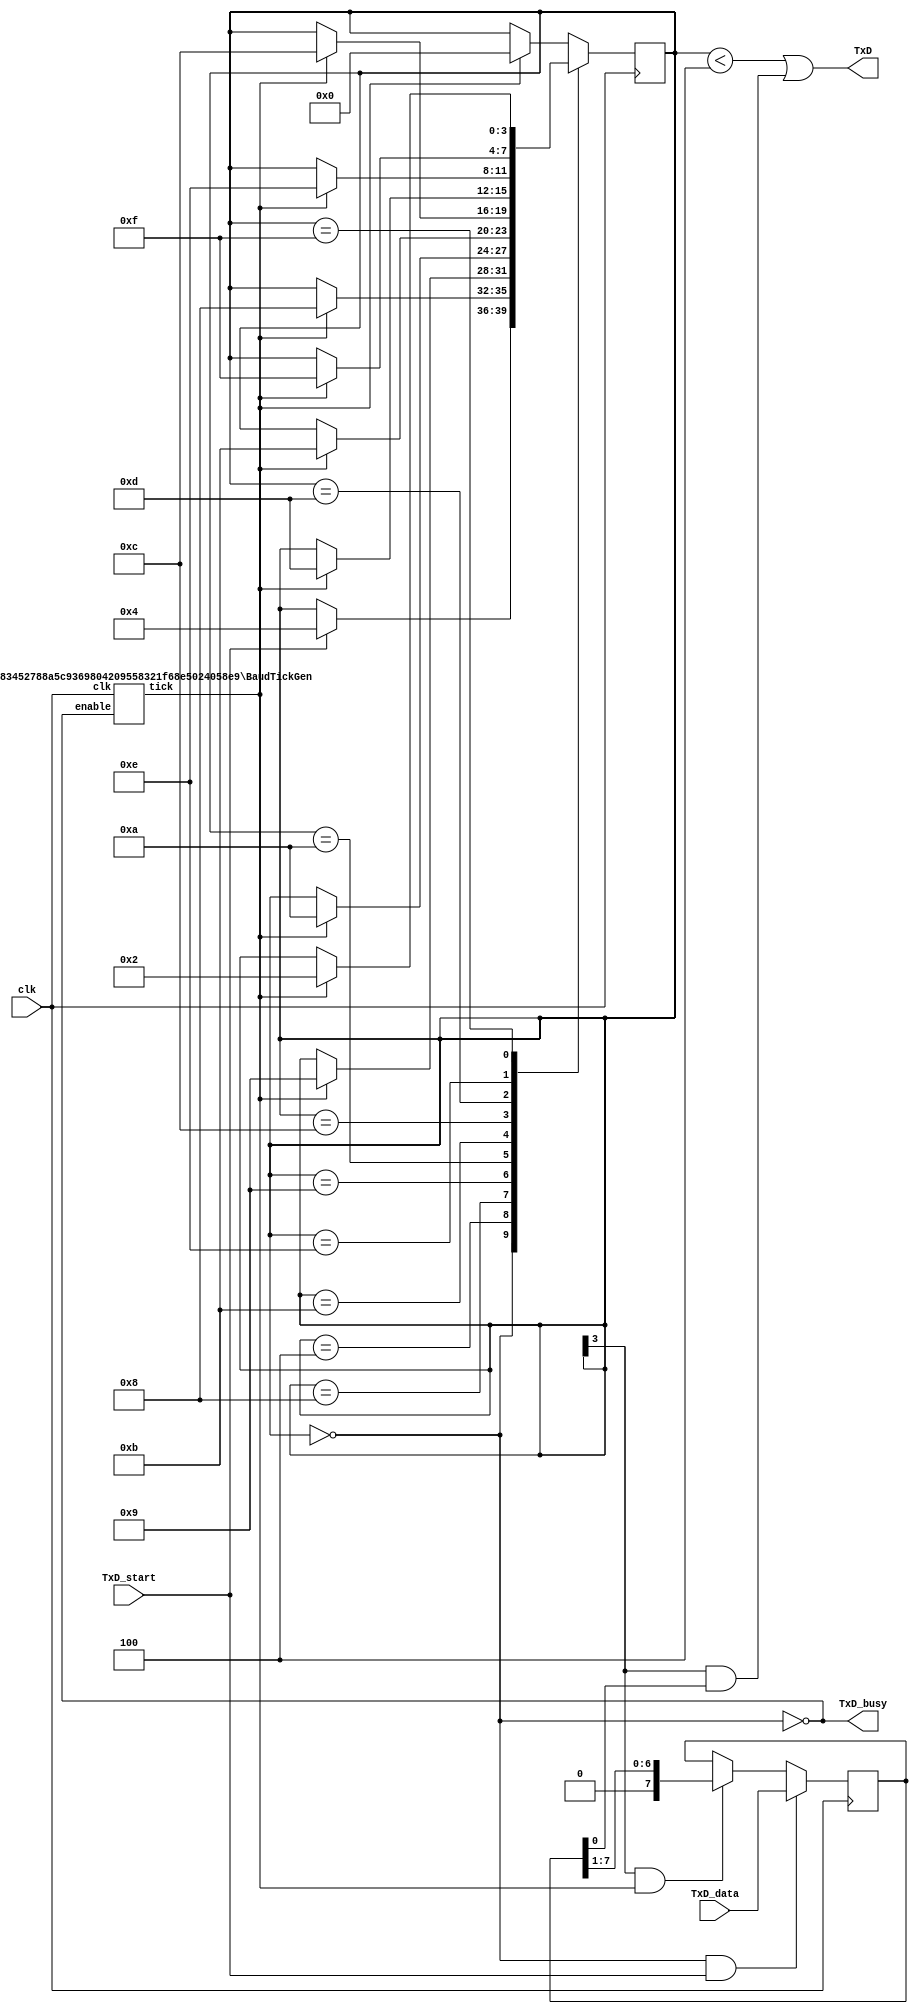
`timescale 1ns / 1ps
`default_nettype none

// ALWAYS MAKE SURE THIS MATCHES YOUR DAMN CLOCK FREQUENCY!
`define CLK_FREQ	300000000
`define BAUD_RATE	230400

////////////////////////////////////////////////////////
// RS-232 RX and TX module
// (c) fpga4fun.com & KNJN LLC - 2003 to 2013
//
// Modified by Wolf - AKA, no, I did NOT write this shit.
//
// TX: 8-bit data, 1 stop, no-parity
// RX: 8-bit data, 1 stop, no-parity (the receiver can accept more stop bits of course)
////////////////////////////////////////////////////////

module async_transmitter(
	input wire clk,
	input wire TxD_start,
	input wire [7:0] TxD_data,
	output wire TxD,
	output wire TxD_busy
);

// Assert TxD_start for (at least) one clock cycle to start transmission of TxD_data
// TxD_data is latched so that it doesn't have to stay valid while it is being sent

parameter ClkFrequency = `CLK_FREQ;
parameter Baud = `BAUD_RATE;

wire BitTick;
BaudTickGen #(ClkFrequency, Baud) tickgen(.clk(clk), .enable(TxD_busy), .tick(BitTick));

reg [3:0] TxD_state = 0;
wire TxD_ready = (TxD_state==0);
assign TxD_busy = ~TxD_ready;

reg [7:0] TxD_shift = 0;
always @(posedge clk)
begin
	if(TxD_ready & TxD_start)
		TxD_shift <= TxD_data;
	else
	if(TxD_state[3] & BitTick)
		TxD_shift <= (TxD_shift >> 1);

	case(TxD_state)
		4'b0000: if(TxD_start) TxD_state <= 4'b0100;
		4'b0100: if(BitTick) TxD_state <= 4'b1000;  // start bit
		4'b1000: if(BitTick) TxD_state <= 4'b1001;  // bit 0
		4'b1001: if(BitTick) TxD_state <= 4'b1010;  // bit 1
		4'b1010: if(BitTick) TxD_state <= 4'b1011;  // bit 2
		4'b1011: if(BitTick) TxD_state <= 4'b1100;  // bit 3
		4'b1100: if(BitTick) TxD_state <= 4'b1101;  // bit 4
		4'b1101: if(BitTick) TxD_state <= 4'b1110;  // bit 5
		4'b1110: if(BitTick) TxD_state <= 4'b1111;  // bit 6
		4'b1111: if(BitTick) TxD_state <= 4'b0010;  // bit 7
		4'b0010: if(BitTick) TxD_state <= 4'b0000;  // stop1
		default: if(BitTick) TxD_state <= 4'b0000;
	endcase
end

assign TxD = (TxD_state < 4) | (TxD_state[3] & TxD_shift[0]);  // put together the start, data and stop bits
endmodule


////////////////////////////////////////////////////////
module async_receiver(
	input wire clk,
	input wire RxD,
	output reg RxD_data_ready = 0,
	output reg [7:0] RxD_data = 0,  // data received, valid only (for one clock cycle) when RxD_data_ready is asserted

	// We also detect if a gap occurs in the received stream of characters
	// That can be useful if multiple characters are sent in burst
	//  so that multiple characters can be treated as a "packet"
	output wire RxD_idle,  // asserted when no data has been received for a while
	output reg RxD_endofpacket = 0  // asserted for one clock cycle when a packet has been detected (i.e. RxD_idle is going high)
);

parameter ClkFrequency = `CLK_FREQ;
parameter Baud = `BAUD_RATE;

parameter Oversampling = 16;  // needs to be a power of 2
// we oversample the RxD line at a fixed rate to capture each RxD data bit at the "right" time
// 8 times oversampling by default, use 16 for higher quality reception

////////////////////////////////
reg [3:0] RxD_state = 0;

wire OversamplingTick;
BaudTickGen #(ClkFrequency, Baud, Oversampling) tickgen(.clk(clk), .enable(1'b1), .tick(OversamplingTick));

// synchronize RxD to our clk domain
reg [1:0] RxD_sync = 2'b11;
always @(posedge clk) if(OversamplingTick) RxD_sync <= {RxD_sync[0], RxD};

// and filter it
reg [1:0] Filter_cnt = 2'b11;
reg RxD_bit = 1'b1;

always @(posedge clk)
if(OversamplingTick)
begin
	if(RxD_sync[1]==1'b1 && Filter_cnt!=2'b11) Filter_cnt <= Filter_cnt + 1'd1;
	else 
	if(RxD_sync[1]==1'b0 && Filter_cnt!=2'b00) Filter_cnt <= Filter_cnt - 1'd1;

	if(Filter_cnt==2'b11) RxD_bit <= 1'b1;
	else
	if(Filter_cnt==2'b00) RxD_bit <= 1'b0;
end

// and decide when is the good time to sample the RxD line
function integer log2(input integer v); begin log2=0; while(v>>log2) log2=log2+1; end endfunction
localparam l2o = log2(Oversampling);
reg [l2o-2:0] OversamplingCnt = 0;
always @(posedge clk) if(OversamplingTick) OversamplingCnt <= (RxD_state==0) ? 1'd0 : OversamplingCnt + 1'd1;
wire sampleNow = OversamplingTick && (OversamplingCnt==Oversampling/2-1);

// now we can accumulate the RxD bits in a shift-register
always @(posedge clk)
case(RxD_state)
	4'b0000: if(~RxD_bit) RxD_state <= 4'b0001;  // start bit found?
	4'b0001: if(sampleNow) RxD_state <= 4'b1000;  // sync start bit to sampleNow
	4'b1000: if(sampleNow) RxD_state <= 4'b1001;  // bit 0
	4'b1001: if(sampleNow) RxD_state <= 4'b1010;  // bit 1
	4'b1010: if(sampleNow) RxD_state <= 4'b1011;  // bit 2
	4'b1011: if(sampleNow) RxD_state <= 4'b1100;  // bit 3
	4'b1100: if(sampleNow) RxD_state <= 4'b1101;  // bit 4
	4'b1101: if(sampleNow) RxD_state <= 4'b1110;  // bit 5
	4'b1110: if(sampleNow) RxD_state <= 4'b1111;  // bit 6
	4'b1111: if(sampleNow) RxD_state <= 4'b0010;  // bit 7
	4'b0010: if(sampleNow) RxD_state <= 4'b0000;  // stop bit
	default: RxD_state <= 4'b0000;
endcase

always @(posedge clk)
if(sampleNow && RxD_state[3]) RxD_data <= {RxD_bit, RxD_data[7:1]};

//reg RxD_data_error = 0;
always @(posedge clk)
begin
	RxD_data_ready <= (sampleNow && RxD_state==4'b0010 && RxD_bit);  // make sure a stop bit is received
	//RxD_data_error <= (sampleNow && RxD_state==4'b0010 && ~RxD_bit);  // error if a stop bit is not received
end

reg [l2o+1:0] GapCnt = 0;
always @(posedge clk) if (RxD_state!=0) GapCnt<=0; else if(OversamplingTick & ~GapCnt[log2(Oversampling)+1]) GapCnt <= GapCnt + 1'h1;
assign RxD_idle = GapCnt[l2o+1];
always @(posedge clk) RxD_endofpacket <= OversamplingTick & ~GapCnt[l2o+1] & &GapCnt[l2o:0];
endmodule

////////////////////////////////////////////////////////
module BaudTickGen(
	input wire clk, enable,
	output wire tick  // generate a tick at the specified baud rate * oversampling
);
parameter ClkFrequency = `CLK_FREQ;
parameter Baud = `BAUD_RATE;
parameter Oversampling = 1;

function integer log2(input integer v); begin log2=0; while(v>>log2) log2=log2+1; end endfunction
localparam AccWidth = log2(ClkFrequency/Baud)+8;  // +/- 2% max timing error over a byte
reg [AccWidth:0] Acc = 0;
localparam ShiftLimiter = log2(Baud*Oversampling >> (31-AccWidth));  // this makes sure Inc calculation doesn't overflow
localparam Inc = ((Baud*Oversampling << (AccWidth-ShiftLimiter))+(ClkFrequency>>(ShiftLimiter+1)))/(ClkFrequency>>ShiftLimiter);
always @(posedge clk) if(enable) Acc <= Acc[AccWidth-1:0] + Inc[AccWidth:0]; else Acc <= Inc[AccWidth:0];
assign tick = Acc[AccWidth];
endmodule